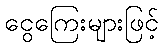
ငွေကြေးများဖြင့်